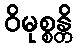
ဝိမုစ္စန္တိ